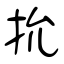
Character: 抁